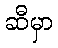
ဆီမှာ